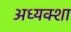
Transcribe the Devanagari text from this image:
अध्यक्शा